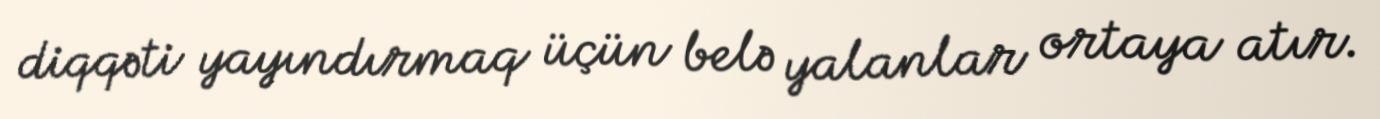
diqqəti yayındırmaq üçün belə yalanlar ortaya atır.